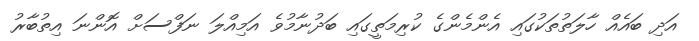
އަދި ބައެއް ހާލަތުތަކުގައި އެންމެންގެ ކުރިމަތީގައި ބަދުނާމުވެ އަމިއްލަ ނަފްސަށް އޮންނަ އިތުބާރު